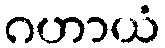
ဂဟာယံ